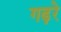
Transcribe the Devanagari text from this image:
गढ़रे